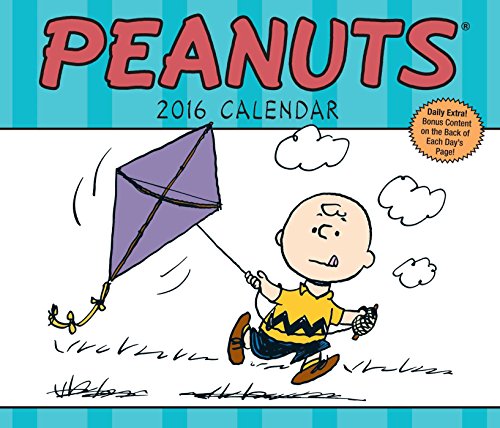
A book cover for Peanuts 2016 Day-to-Day Calendar; Peanuts Worldwide LLC; Calendars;